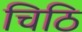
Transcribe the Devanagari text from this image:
चिठि